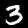
Digit: 3